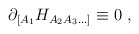
\begin{align*}\partial_{[A_1}H_{A_2 A_3 \ldots]} \equiv 0 \ ,\end{align*}